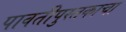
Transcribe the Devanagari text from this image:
पावतीपुस्तकाचा